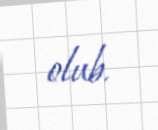
olub.